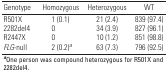
<table><thead><tr><td><b>Genotype</b></td><td><b>Homozygous</b></td><td><b>Heterozygous</b></td><td><b>WT</b></td></tr></thead><tbody><tr><td><b>R501X</b></td><td>1 (0.1)</td><td>21 (2.4)</td><td>839 (97.4)</td></tr><tr><td><b>2282del4</b></td><td>0</td><td>34 (3.9)</td><td>827 (96.1)</td></tr><tr><td><b>R2447X</b></td><td>0</td><td>10 (1.2)</td><td>851 (98.8)</td></tr><tr><td><b><i>FLG</i>-null</b></td><td>2 (0.2)<sup><i>a</i></sup></td><td>63 (7.3)</td><td>796 (92.5)</td></tr><tr><td colspan="4"><sup><i><b>a</b></i></sup>One person was compound heterozygous for R501X and 2282del4. </td></tr></tbody></table>